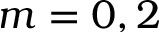
m = 0 , 2